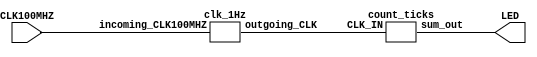
`timescale 1ns / 1ps
//////////////////////////////////////////////////////////////////////////////////
// Module Name: lab6
// Add 2 4-bit numbers (inputed on switches) and output the sum on a 7-segment LED display
// Used a Nexys4 DDR device to test
//////////////////////////////////////////////////////////////////////////////////

//Main Module adding 

module topModule(
    input CLK100MHZ,
    output [7:0] LED
    );
    
        // set up the 1HZ clock
    wire CLK_1HZ;
    clk_1Hz gate1( CLK100MHZ, CLK_1HZ);

    // set up a counter
    wire [7:0] sum;
    count_ticks gate2(CLK_1HZ, sum[7:0]);
    
    assign LED[7:0] = sum[7:0];

endmodule 

    // creates 1HZ clock from a 100MHZ clock
    // 1HZ clock has a period of 1 second = 1000ms
    // 100MHz is 100,000,000 cycles
    // log2(10,0000,000) = 26.6, so 27 bits needed for counter
    
module clk_1Hz(
    input incoming_CLK100MHZ,
    output reg outgoing_CLK
    );
    

    reg[27:0] ctr;
    
    always @ (posedge incoming_CLK100MHZ) begin
        if (ctr == 49_999_999) begin
            outgoing_CLK <= 1'b1;
            ctr <= ctr + 1;            
        end
        else if (ctr == 99_999_999) begin
            outgoing_CLK <= 1'b0;
            ctr <= 0;
        end
        else begin
            ctr <= ctr + 1;
        end
    end
endmodule


module     count_ticks( 
    input CLK_IN, 
    output reg [7:0] sum_out
    );
    
    always @(posedge CLK_IN) begin
        sum_out <= sum_out + 8'b0000_0001;
    end
        
endmodule